Lui_Olesk, lk 27
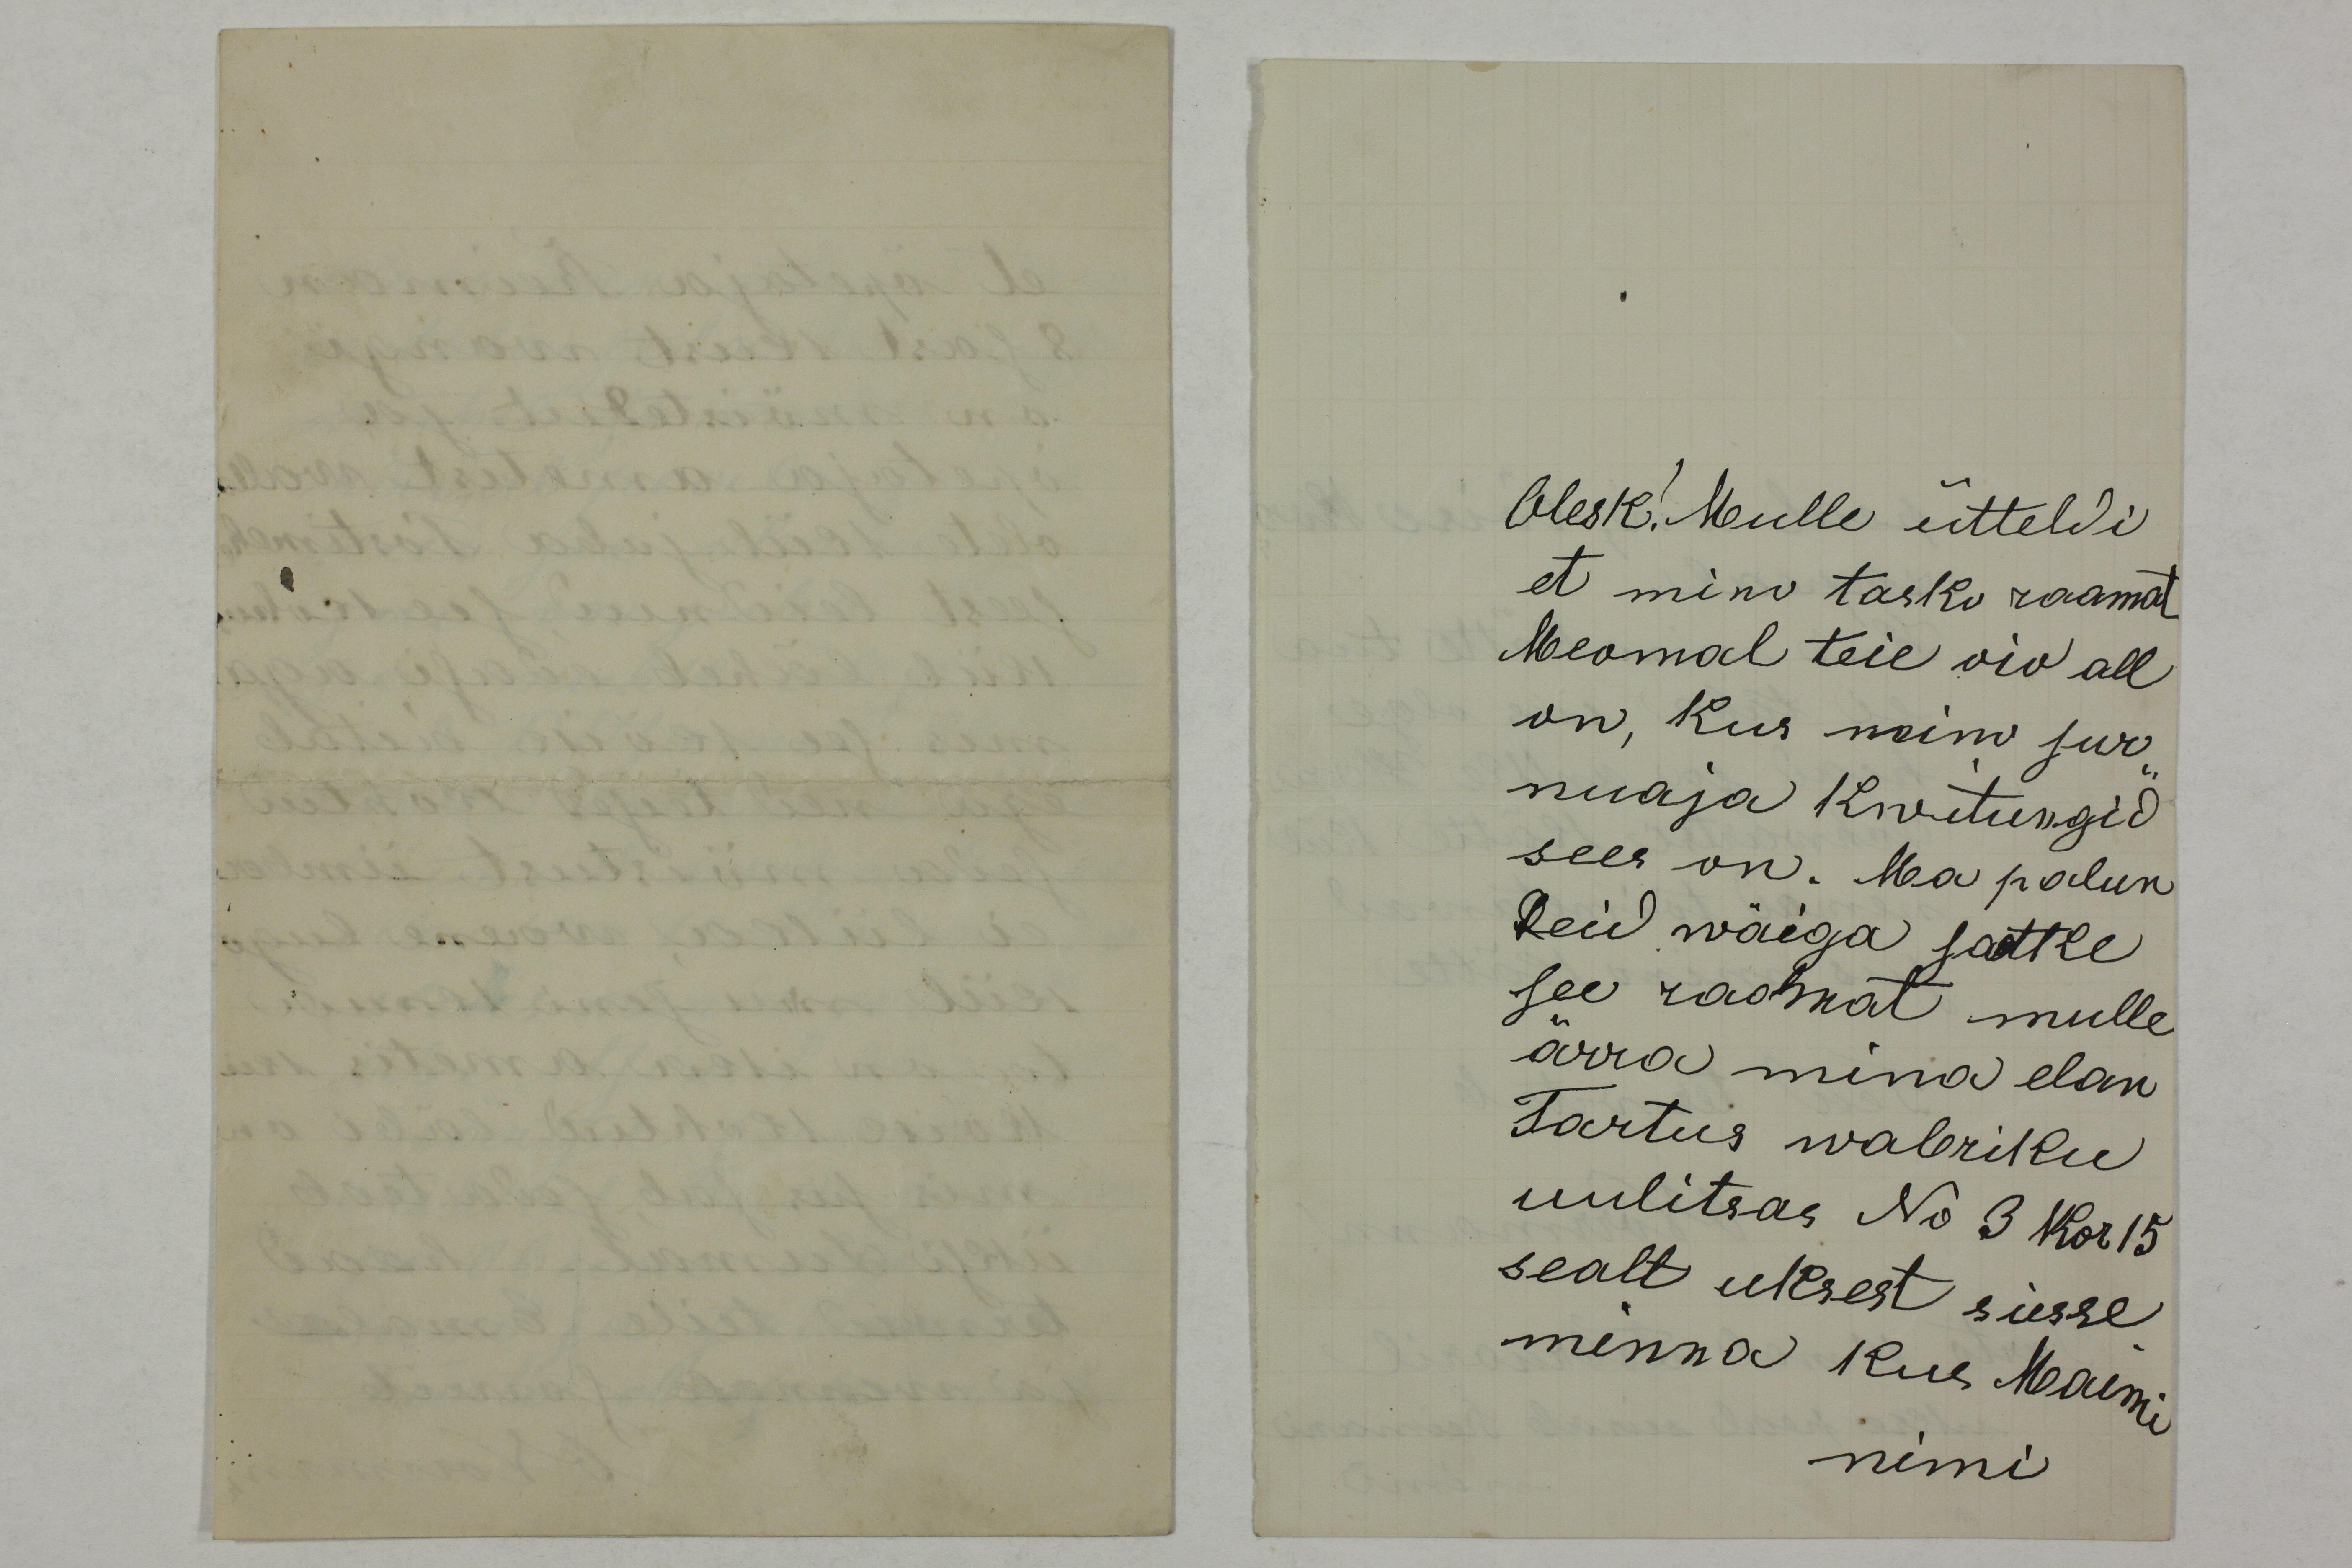
Olesk! Mulle ütteldi
et mino tasko raamat
Meomal teie oio all
on, kus minu sur-
nuaja Kwitungid
sees on. Ma palun
teid wäiga satke
see raamat mulle
ärra mina elan
Tartus wabriku
uulitsas No 3 Kor 15
sealt uksest sisse
minna kus Maimi
nimi